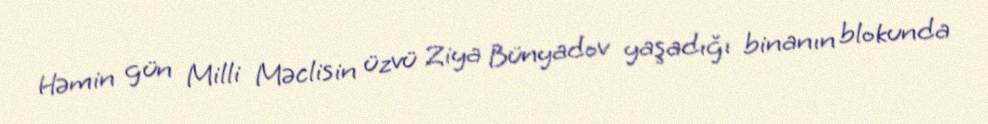
Həmin gün Milli Məclisin üzvü Ziya Bünyadov yaşadığı binanın blokunda